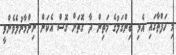
މި ހަފްތާގައި އެޅި ބިންގަލުގެ މަތިން ދާ ގޮތަށް ގޮސް އެކަން ނިންމާނުލެވެންވީ